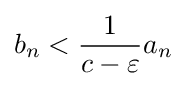
b_{n}<{\frac {1}{c-\varepsilon }}a_{n}